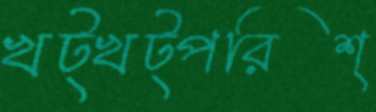
খট্‌খট্‌পরিশ্